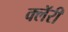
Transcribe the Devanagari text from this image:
क्लॅरी